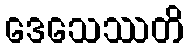
ဒေသေဿတိ